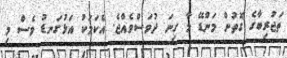
ތަޖުރިބާގެ ގޮތުން މަންޑޭ މާ ގިނަ ދުވަސްވެއްޖެ. އެކަމަކު އަޅުގަނޑު ވެސް މި